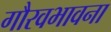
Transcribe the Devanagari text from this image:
गौरवभावना